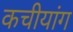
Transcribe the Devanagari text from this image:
कचीयांग